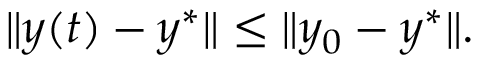
\| y ( t ) - y ^ { * } \| \leq \| y _ { 0 } - y ^ { * } \| .